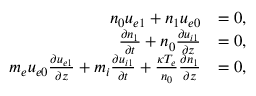
\begin{array} { r l } { n _ { 0 } u _ { e 1 } + n _ { 1 } u _ { e 0 } } & { = 0 , } \\ { \frac { \partial n _ { 1 } } { \partial t } + n _ { 0 } \frac { \partial u _ { i 1 } } { \partial z } } & { = 0 , } \\ { m _ { e } u _ { e 0 } \frac { \partial u _ { e 1 } } { \partial z } + m _ { i } \frac { \partial u _ { i 1 } } { \partial t } + \frac { \kappa T _ { e } } { n _ { 0 } } \frac { \partial n _ { 1 } } { \partial z } } & { = 0 , } \end{array}